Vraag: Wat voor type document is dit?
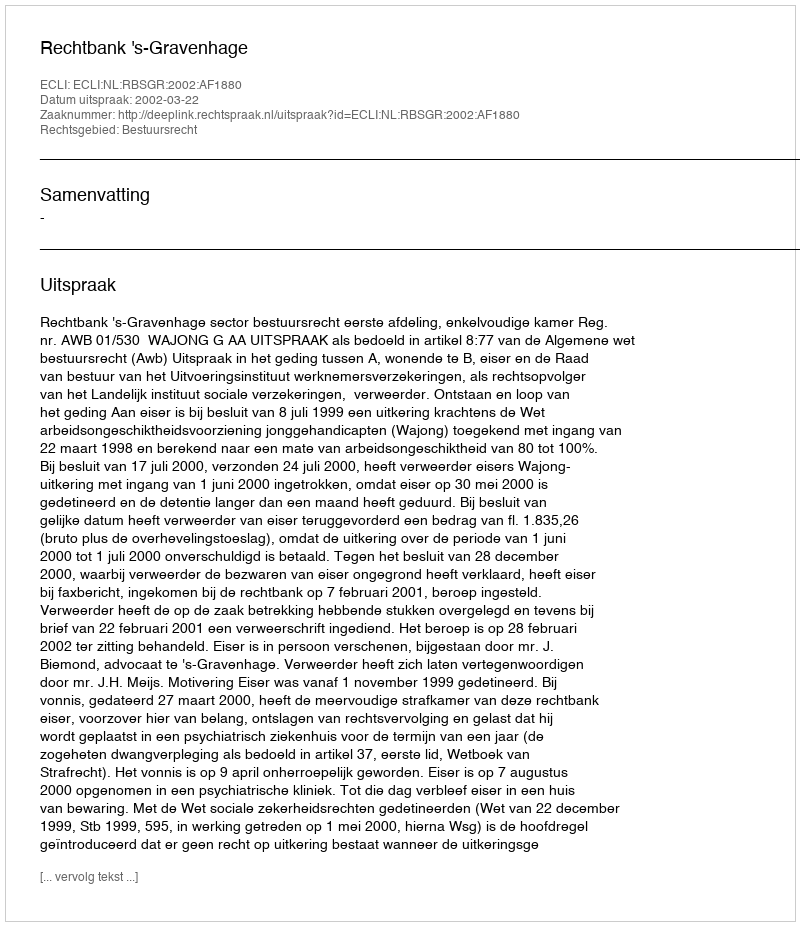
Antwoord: Uitspraak